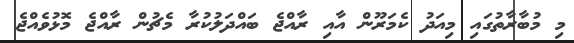
މި މުބާރާތުގައި މިއަދު ކެމަރޫން އާއި ރާއްޖެ ބައްދަލުކުރާ މެޗުން ރާއްޖެ މޮޅުވެއްޖެ